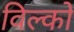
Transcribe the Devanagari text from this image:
विल्को